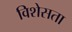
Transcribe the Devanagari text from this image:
विशेसता